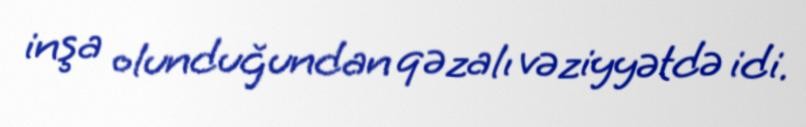
inşa olunduğundan qəzalı vəziyyətdə idi.